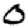
Digit: 0